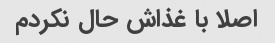
اصلا با غذاش حال نکردم